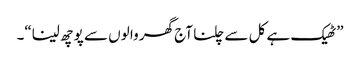
”ٹھیک ہے کل سے چلنا آج گھر وا لوں سے پو چھ لینا“۔